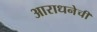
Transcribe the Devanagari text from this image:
आराधनेची